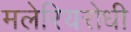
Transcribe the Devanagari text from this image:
मलेरियरोधी